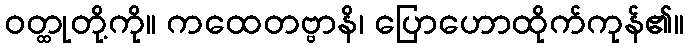
ဝတ္ထုတို့ကို။ ကထေတဗ္ဗာနိ၊ ပြောဟောထိုက်ကုန်၏။